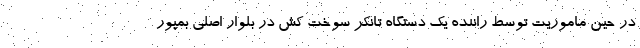
در حین ماموریت توسط راننده یک دستگاه تانکر سوخت کش در بلوار اصلی بمپور